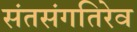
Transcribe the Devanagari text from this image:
संतसंगतिरेव